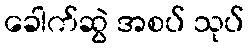
ခေါက်ဆွဲ အစပ် သုပ်